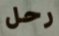
رحل